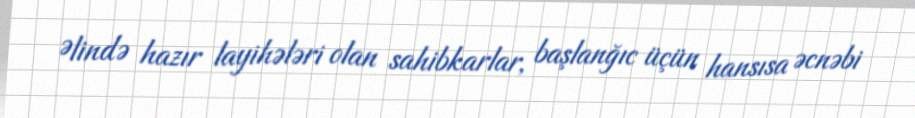
Əlində hazır layihələri olan sahibkarlar, başlanğıc üçün hansısa əcnəbi